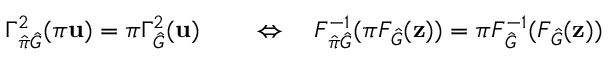
\begin{array} { r l } { \Gamma _ { \hat { \pi } \hat { G } } ^ { 2 } ( \pi \mathbf { u } ) = \pi \Gamma _ { \hat { G } } ^ { 2 } ( \mathbf { u } ) } & { { } \quad \Leftrightarrow \quad F _ { \hat { \pi } \hat { G } } ^ { - 1 } ( \pi F _ { \hat { G } } ( \mathbf { z } ) ) = \pi F _ { \hat { G } } ^ { - 1 } ( F _ { \hat { G } } ( \mathbf { z } ) ) } \end{array}